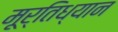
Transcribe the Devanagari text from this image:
मूर्तिध्यान